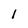
Character: l